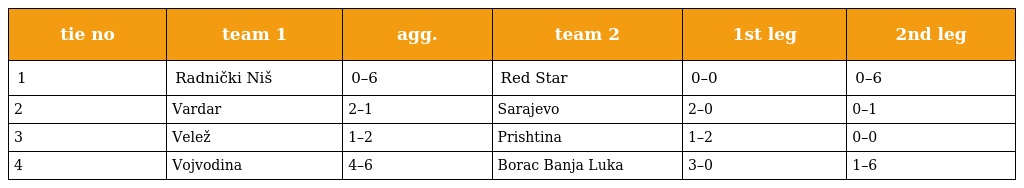
| tie no | team 1 | agg. | team 2 | 1st leg | 2nd leg |
 | --- | --- | --- | --- | --- | --- |
 | 1 | Radnički Niš | 0–6 | Red Star | 0–0 | 0–6 |
 | 2 | Vardar | 2–1 | Sarajevo | 2–0 | 0–1 |
 | 3 | Velež | 1–2 | Prishtina | 1–2 | 0–0 |
 | 4 | Vojvodina | 4–6 | Borac Banja Luka | 3–0 | 1–6 |